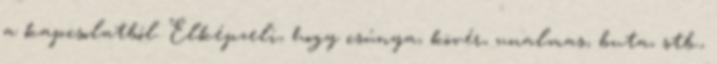
a kapcsolatból. Elképzeli, hogy csúnya, kövér, unalmas, buta, stb.,